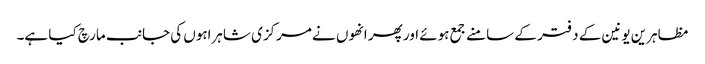
مظاہرین یونین کے دفتر کے سامنے جمع ہوئے اور پھر انھوں نے مرکزی شاہراہوں کی جانب مارچ کیا ہے۔